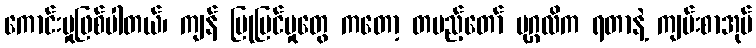
ကောင်းမှုဖြစ်ပါတယ်၊ ကျန် ပြုပြင်မှုတွေ ကတော့ တပည့်တော် ပုဂ္ဂလိက ရတာနဲ့ ကျမ်းစာအုပ်